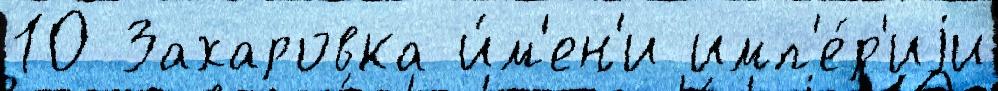
10 Захаровка и́м'ен'и имп'е́р'иjи